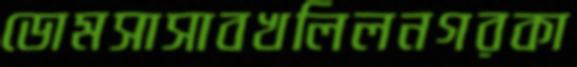
ডোমসাসাবখলিলনগরকা